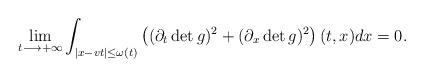
LaTeX: \begin{align*}\lim_{t\longrightarrow +\infty} \int_{|x-vt|\le \omega(t) } \left( (\partial_t \det g)^2 +(\partial_x \det g)^2 \right)(t,x) dx=0.\end{align*}